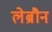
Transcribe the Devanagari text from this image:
लेब्रौन